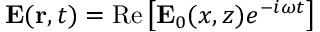
{ \bf E } ( { \bf r } , t ) = \mathrm { R e } \left[ { \bf E } _ { 0 } ( x , z ) e ^ { - i \omega t } \right]